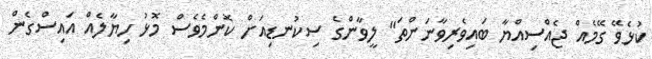
ކުޅެވޭ ގޭމެއް ޖެއްސިއްޔާ ބައިވެރިވާނަންތަ" ލީވާންގެ ސިކުނޑިއަށް ކޮންމެވެސް މޮޅު ހިޔާލެއް އައިސްގެން